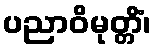
ပညာဝိမုတ္တိံ၊